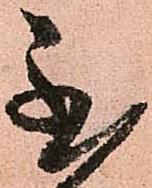
至